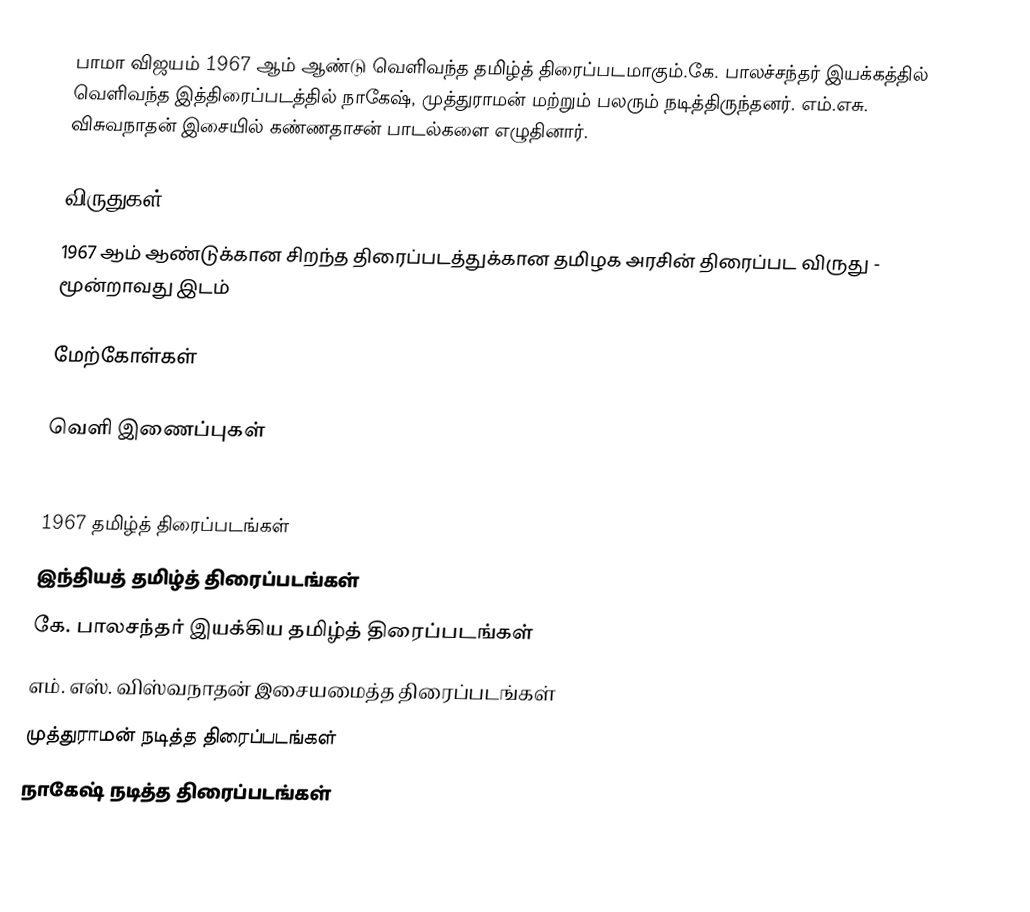
பாமா விஜயம் 1967 ஆம் ஆண்டு வெளிவந்த தமிழ்த் திரைப்படமாகும்.கே. பாலச்சந்தர் இயக்கத்தில் வெளிவந்த இத்திரைப்படத்தில் நாகேஷ், முத்துராமன் மற்றும் பலரும் நடித்திருந்தனர். எம்.எசு. விசுவநாதன் இசையில் கண்ணதாசன் பாடல்களை எழுதினார்.

விருதுகள்
 1967 ஆம் ஆண்டுக்கான சிறந்த திரைப்படத்துக்கான தமிழக அரசின் திரைப்பட விருது  - மூன்றாவது இடம்

மேற்கோள்கள்

வெளி இணைப்புகள்

1967 தமிழ்த் திரைப்படங்கள்
இந்தியத் தமிழ்த் திரைப்படங்கள்
கே. பாலசந்தர் இயக்கிய தமிழ்த் திரைப்படங்கள்
எம். எஸ். விஸ்வநாதன் இசையமைத்த திரைப்படங்கள்
முத்துராமன் நடித்த திரைப்படங்கள்
நாகேஷ் நடித்த திரைப்படங்கள்